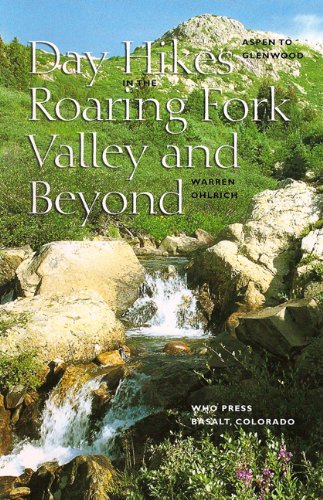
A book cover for Aspen to Glenwood: Day Hikes in the Roaring Fork Valley and Beyond; Warren Ohlrich; Travel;